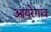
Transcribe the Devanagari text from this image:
आयरेगांव